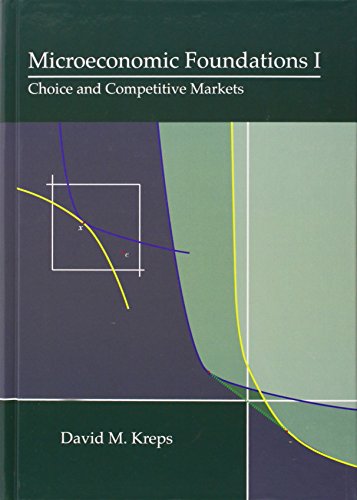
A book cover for Microeconomic Foundations I: Choice and Competitive Markets; David M. Kreps; Business & Money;